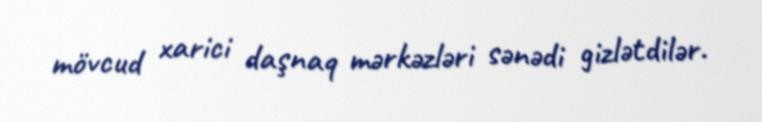
mövcud xarici daşnaq mərkəzləri sənədi gizlətdilər.